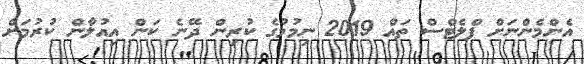
އެންމެންނަށް ފްލެޓްސް ތައް 2019 ނިމުމުގެ ކުރިން ދޭނެ ކަން އިއުލާން ކުރުމަށް